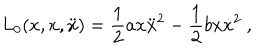
L _ { 0 } ( x , \dot { x } , \ddot { x } ) = \frac { 1 } { 2 } a x \ddot { x } ^ { 2 } - \frac { 1 } { 2 } b x \dot { x } ^ { 2 } \ ,